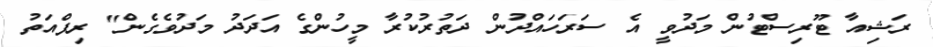
ރަޝިއާ ޓޫރިސްޓުން މަދުވީ އެ ސަރަހައްދުން ދަތުރުކުރާ މީހުންގެ އަދަދު މަދުވެގެން" ރިފްއަތު